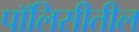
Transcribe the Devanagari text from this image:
पॉलिसीतील